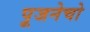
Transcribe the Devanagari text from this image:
पूजनेचो